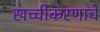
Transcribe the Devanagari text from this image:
खच्चीकरणाचे